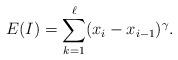
LaTeX: \begin{align*} E(I)=\sum_{k=1}^{\ell}(x_i-x_{i-1})^{\gamma}. \end{align*}